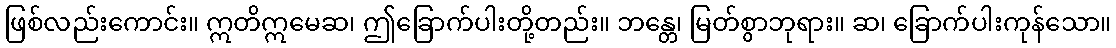
ဖြစ်လည်းကောင်း။ ဣတိဣမေဆ၊ ဤခြောက်ပါးတို့တည်း။ ဘန္တေ၊ မြတ်စွာဘုရား။ ဆ၊ ခြောက်ပါးကုန်သော။